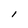
Character: l